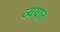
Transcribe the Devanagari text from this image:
व्ययात